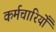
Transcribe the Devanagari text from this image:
कर्मचारियोँ